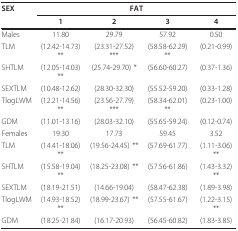
| SEX | <COLSPAN=4> FAT |
 |  | 1 | 2 | 3 | 4 |
 | --- | --- | --- | --- | --- |
 | Males | 11.80 | 29.79 | 57.92 | 0.50 |
 | TLM | (12.42-14.73) ** | (23.31-27.52) *** | (58.58-62.29) ** | (0.21-0.99) |
 | SHTLM | (12.05-14.03) ** | (25.74-29.70) * | (56.60-60.27) | (0.37-1.36) |
 | SEXTLM | (10.48-12.62) | (28.30-32.30) | (55.52-59.20) | (0.33-1.28) |
 | TlogLWM | (12.21-14.56) ** | (23.56-27.79) *** | (58.34-62.01) ** | (0.23-1.00) |
 | GDM | (11.01-13.16) | (28.03-32.10) | (55.65-59.24) | (0.12-0.74) |
 | Females | 19.30 | 17.73 | 59.45 | 3.52 |
 | TLM | (14.41-18.06) ** | (19.56-24.45) ** | (57.69-61.77) | (1.11-3.06) ** |
 | SHTLM | (15.58-19.04) ** | (18.25-23.08) ** | (57.56-61.86) | (1.43-3.32) ** |
 | SEXTLM | (18.19-21.51) | (14.66-19.04) | (58.47-62.38) | (1.89-3.98) |
 | TlogLWM | (14.93-18.52) ** | (18.99-23.67) ** | (57.55-61.67) | (1.22-3.15) ** |
 | GDM | (18.25-21.84) | (16.17-20.93) | (56.45-60.82) | (1.83-3.85) |